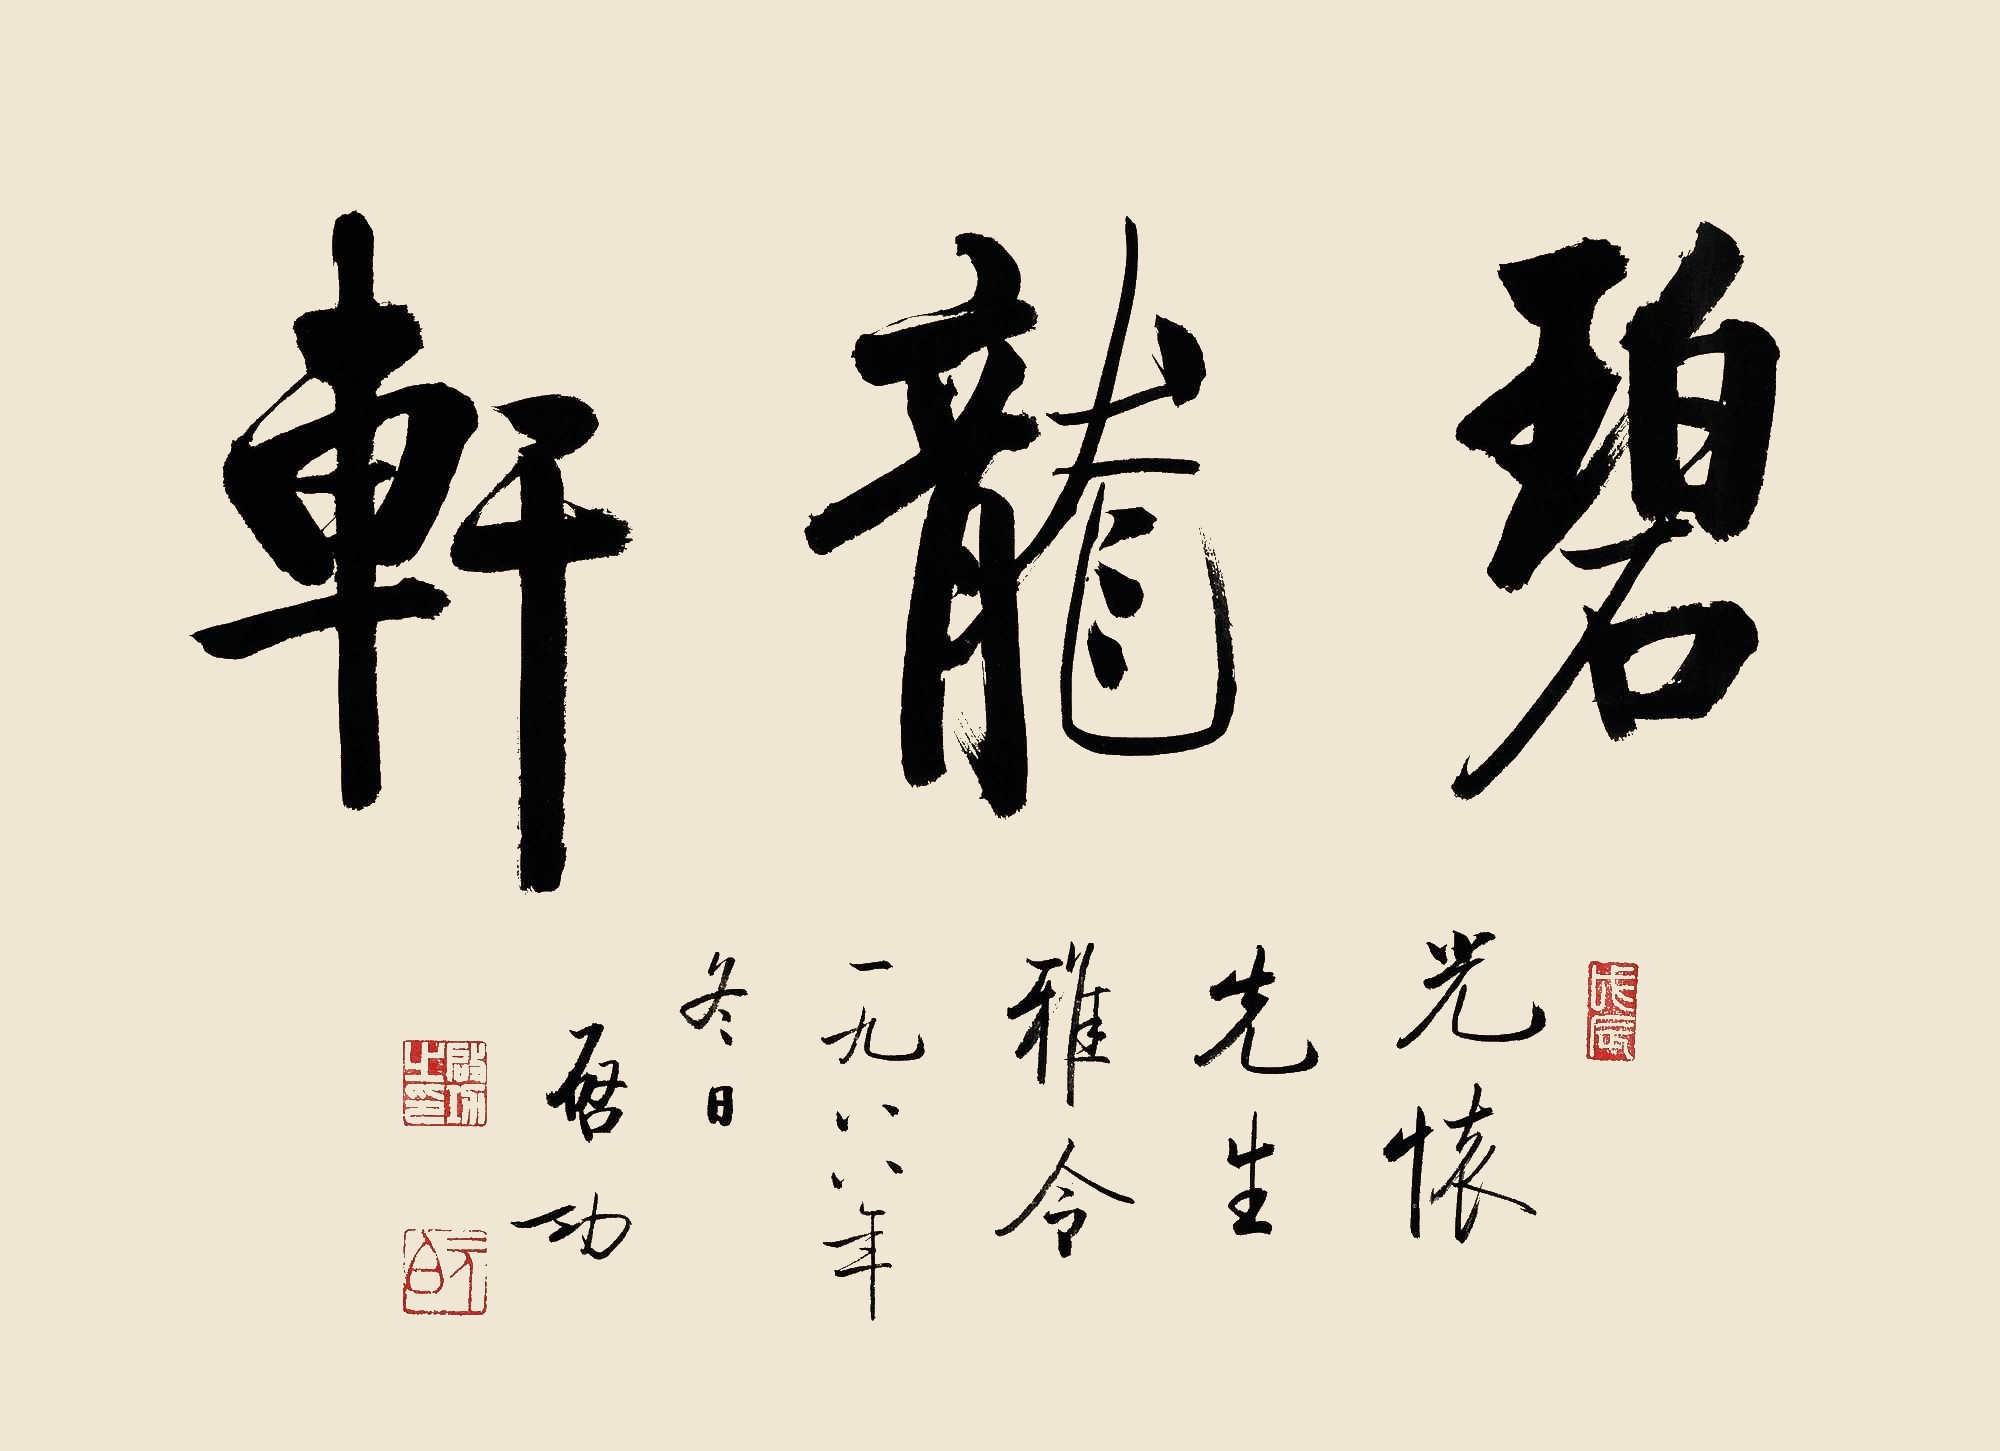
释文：碧龙轩。光怀先生雅令。一九八八年冬日，启功。